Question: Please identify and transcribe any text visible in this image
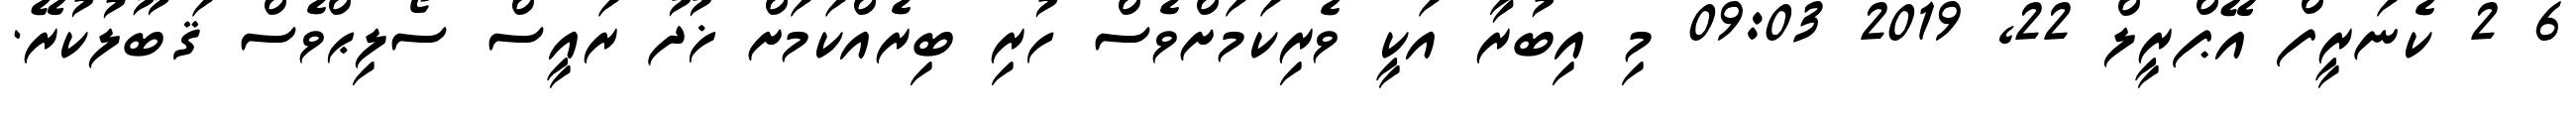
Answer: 6 2 ކެނަރީފް އޭޕްރީލް 22, 2019 09:03 މި އިބުރާ އަކީ ވެރިކަމަށްވެސް ހުރި ބިރެއްކަމަށް ޚުދު ރައީސް ސޯލިޙްވެސް ޤަބޫލުކުރޭ.